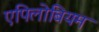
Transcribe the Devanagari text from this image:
एपिलोबियम